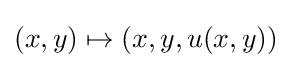
(x,y)\mapsto (x,y,u(x,y))